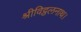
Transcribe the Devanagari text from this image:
श्रीविट्ठलनाथ।